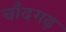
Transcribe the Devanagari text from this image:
चाँदगढ़